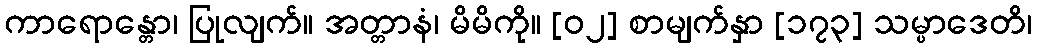
ကာရောန္တော၊ ပြုလျက်။ အတ္တာနံ၊ မိမိကို။ [၀၂] စာမျက်နှာ [၁၇၃] သမ္ပာဒေတိ၊